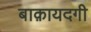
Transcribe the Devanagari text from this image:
बाक़ायदगी